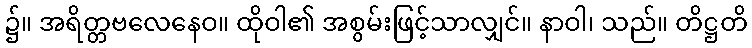
၌။ အရိတ္တဗလေနေဝ။ ထိုဝါ၏ အစွမ်းဖြင့်သာလျှင်။ နာဝါ၊ သည်။ တိဋ္ဌတိ